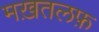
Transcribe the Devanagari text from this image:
मख़तलफ़